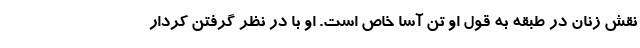
نقش زنان در طبقه به قول او تن آسا خاص است. او با در نظر گرفتن کردار